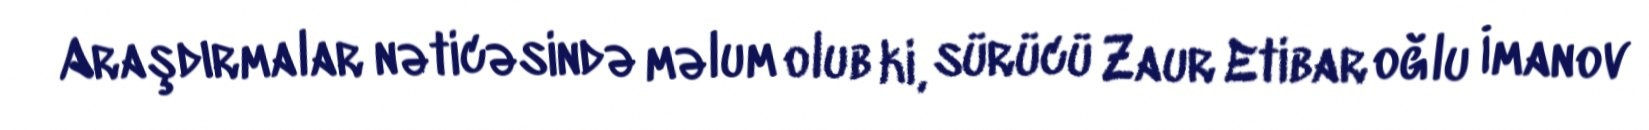
Araşdırmalar nəticəsində məlum olub ki, sürücü Zaur Etibar oğlu İmanov